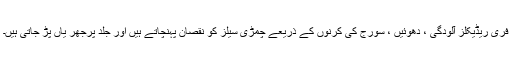
فری ریڈیکلز آلودگی ، دھوئیں ، سورج کی کرنوں کے ذریعے چمڑی سیلز کو نقصان پہنچاتے ہیں اور جلد پرجھر یاں پڑ جاتی ہیں۔